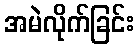
အမဲလိုက်ခြင်း